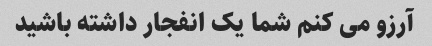
آرزو می کنم شما یک انفجار داشته باشید